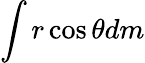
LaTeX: \int r\cos\theta dm